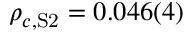
\rho _ { c , \mathrm { S 2 } } = 0 . 0 4 6 ( 4 )